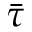
\bar { \tau }